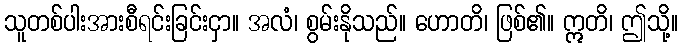
သူတစ်ပါးအားစီရင်းခြင်းငှာ။ အလံ၊ စွမ်းနိုသည်။ ဟောတိ၊ ဖြစ်၏။ ဣတိ၊ ဤသို့။